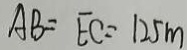
A B = E C = 1 2 5 m